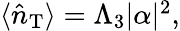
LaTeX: \begin{array}{r}{\langle\hat{n}_{\mathrm{{T}}}\rangle=\Lambda_{3}|\alpha|^{2},}\end{array}